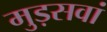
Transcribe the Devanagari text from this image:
मुड़सवां